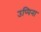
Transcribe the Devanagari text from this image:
उप्पिना